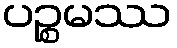
ပဉ္စမဿ